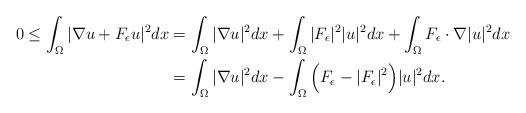
LaTeX: \begin{align*} 0 \leq \int_{\Omega} |\nabla u + F_\epsilon u|^2 dx &= \int_{\Omega} |\nabla u|^2 dx + \int_{\Omega}|F_\epsilon|^2 |u|^2 dx + \int_{\Omega} F_\epsilon \cdot \nabla |u|^2 dx\\ &= \int_{\Omega} |\nabla u|^2 dx- \int_{\Omega} \Big(F_\epsilon - |F_\epsilon|^2\Big)|u|^2 dx.\end{align*}